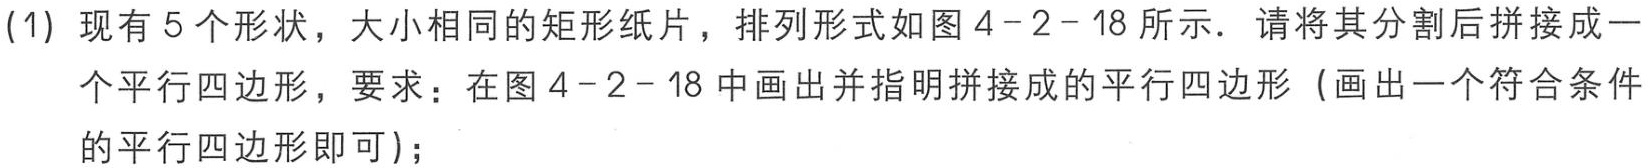
(1) 现有5个形状，大小相同的矩形纸片，排列形式如图4 - 2 - 18所示．请将其分割后拼接成一个平行四边形，要求：在图4 - 2 - 18中画出并指明拼接成的平行四边形（画出一个符合条件的平行四边形即可）；